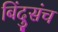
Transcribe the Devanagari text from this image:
बिंदुसंच